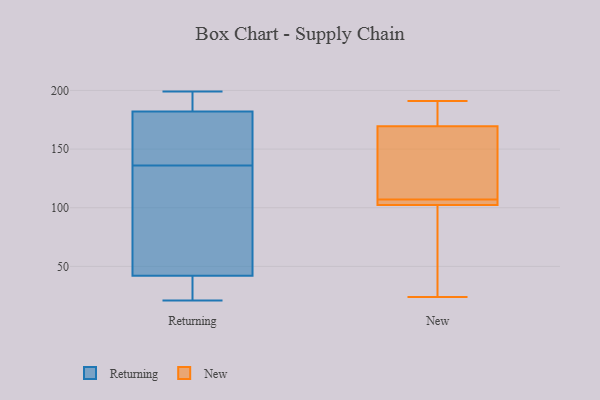
{"axis": {"x": "Market Share (%)", "y": "Value"}, "legend": ["New", "Returning"], "data": [{"x": "", "y": 28, "type": "Returning"}, {"x": "", "y": 42, "type": "Returning"}, {"x": "", "y": 144, "type": "Returning"}, {"x": "", "y": 150, "type": "Returning"}, {"x": "", "y": 34, "type": "Returning"}, {"x": "", "y": 199, "type": "Returning"}, {"x": "", "y": 26, "type": "Returning"}, {"x": "", "y": 151, "type": "Returning"}, {"x": "", "y": 159, "type": "Returning"}, {"x": "", "y": 198, "type": "Returning"}, {"x": "", "y": 80, "type": "Returning"}, {"x": "", "y": 128, "type": "Returning"}, {"x": "", "y": 183, "type": "Returning"}, {"x": "", "y": 21, "type": "Returning"}, {"x": "", "y": 61, "type": "Returning"}, {"x": "", "y": 186, "type": "Returning"}, {"x": "", "y": 73, "type": "Returning"}, {"x": "", "y": 182, "type": "Returning"}, {"x": "", "y": 183, "type": "New"}, {"x": "", "y": 174, "type": "New"}, {"x": "", "y": 96, "type": "New"}, {"x": "", "y": 49, "type": "New"}, {"x": "", "y": 155, "type": "New"}, {"x": "", "y": 24, "type": "New"}, {"x": "", "y": 156, "type": "New"}, {"x": "", "y": 117, "type": "New"}, {"x": "", "y": 105, "type": "New"}, {"x": "", "y": 179, "type": "New"}, {"x": "", "y": 103, "type": "New"}, {"x": "", "y": 107, "type": "New"}, {"x": "", "y": 105, "type": "New"}, {"x": "", "y": 191, "type": "New"}, {"x": "", "y": 102, "type": "New"}]}